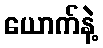
ယောက်နဲ့